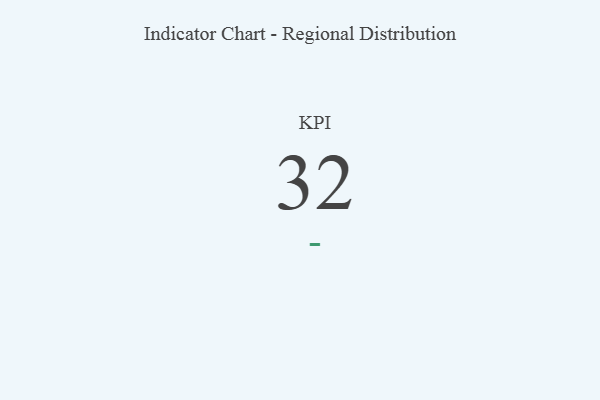
{"axis": {"x": "KPI", "y": "Value"}, "legend": [""], "data": [{"x": "KPI", "y": 32, "type": ""}]}